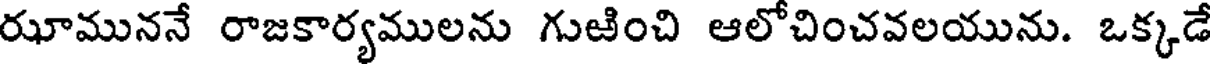
రూముననే రాజకార్యములను గుజించి ఆలోచించవలయును. ఒక్కడే